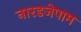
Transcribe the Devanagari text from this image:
नारडजेपाम